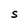
Character: S